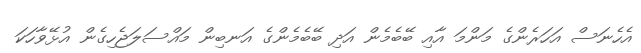
އެހެނަސް އަހަރެންގެ މަންމަ އާއި ބޭބެމެން އަދި ބޭބެމެންގެ އަނބިން މައްސަލަޖެހިގެން އުޅޭވާހަކަ